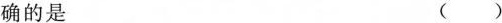
确的是 ( )